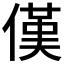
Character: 傼